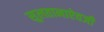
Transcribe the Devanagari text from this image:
सुलतानाऐवजी